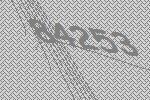
84253